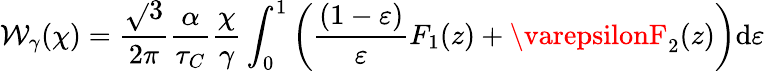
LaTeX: \mathcal{W}_{\gamma}(\chi)=\frac{{\sqrt{}{{3}}}}{{2\pi}}\frac{{\alpha}}{{\tau_{C}}}\frac{{\chi}}{{\gamma}}\int_{0}^{1}\left(\frac{{(1-\varepsilon)}}{{\varepsilon}}F_{1}(z)+\varepsilonF_{2}(z)\right)\mathrm{{d}}\varepsilon